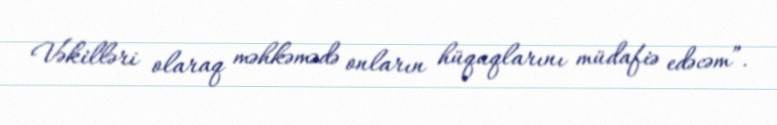
Vəkilləri olaraq məhkəmədə onların hüquqlarını müdafiə edəcəm”.